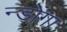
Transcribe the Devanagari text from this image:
न्डोंगा